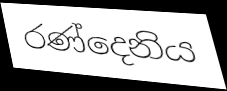
රණ්දෙනිය